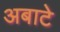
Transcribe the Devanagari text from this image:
अबाटे